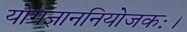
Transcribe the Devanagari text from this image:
योगज्ञाननियोजकः।